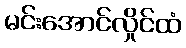
မင်းအောင်လှိုင်ထံ